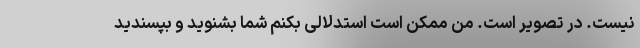
نیست. در تصویر است. من ممکن است استدلالی بکنم شما بشنوید و بپسندید